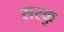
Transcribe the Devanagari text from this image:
सरकु